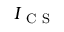
I _ { \mathrm { ~ C ~ S ~ } }